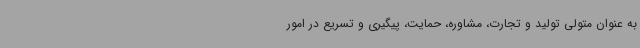
به عنوان متولی تولید و تجارت، مشاوره، حمایت، پیگیری و تسریع در امور